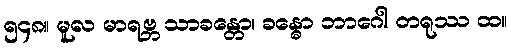
၅၄၈။ မူလ မာရဗ္ဘ သာခန္တော၊ ခန္ဓော ဘာဂေါ တရုဿ ထ။